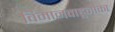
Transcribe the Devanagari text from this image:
विमानवाहूनौका